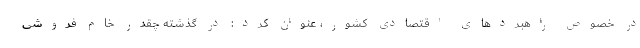
در خصوص راهبردهای اقتصادی کشور، عنوان کرد: در گذشته چقدر خام فروشی